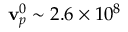
\mathbf { v } _ { p } ^ { 0 } \sim 2 . 6 \times 1 0 ^ { 8 }